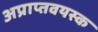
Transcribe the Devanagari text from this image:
अप्राप्तवयस्क